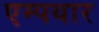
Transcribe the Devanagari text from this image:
एम्पयार